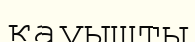
қауышты